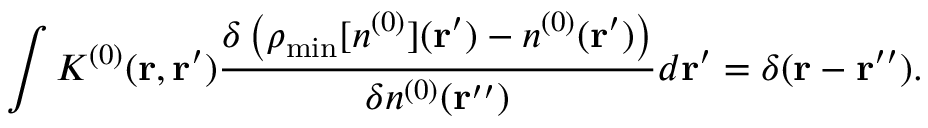
\int K ^ { ( 0 ) } ( { \bf r , r ^ { \prime } } ) \frac { \delta \left( \rho _ { \mathrm { m i n } } [ n ^ { ( 0 ) } ] ( { \bf r ^ { \prime } } ) - n ^ { ( 0 ) } ( { \bf r ^ { \prime } } ) \right) } { { \delta n ^ { ( 0 ) } ( { \bf r ^ { \prime \prime } } ) } } d { \bf r ^ { \prime } } = \delta ( { \bf r - r ^ { \prime \prime } } ) .